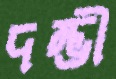
দম্ভী